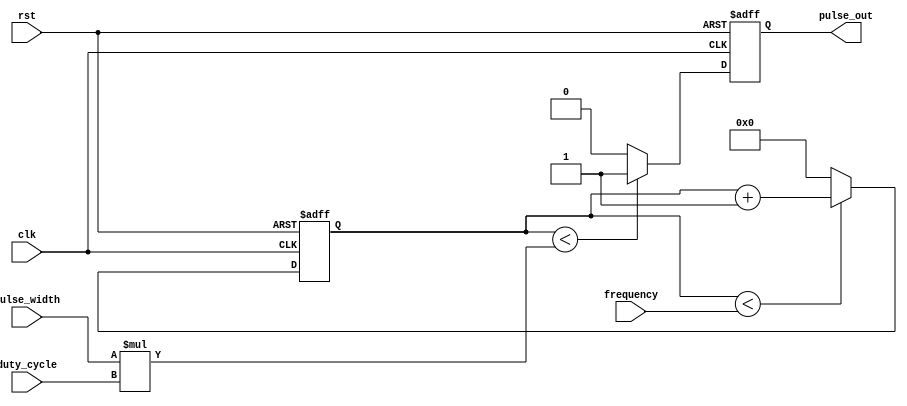
module pulse_generator (
  input wire clk,
  input wire rst,
  input wire [7:0] pulse_width,
  input wire [7:0] duty_cycle,
  input wire [15:0] frequency,
  output reg pulse_out
);

reg [15:0] counter;

always @(posedge clk or posedge rst)
begin
  if (rst)
    counter <= 16'd0;
  else if (counter < frequency)
    counter <= counter + 1;
  else
    counter <= 16'd0;
end

always @(posedge clk or posedge rst)
begin
  if (rst)
    pulse_out <= 1'b0;
  else if (counter < pulse_width * duty_cycle)
    pulse_out <= 1'b1;
  else
    pulse_out <= 1'b0;
end

endmodule